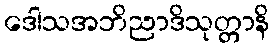
ဒေါသအဘိညာဒိသုတ္တာနိ